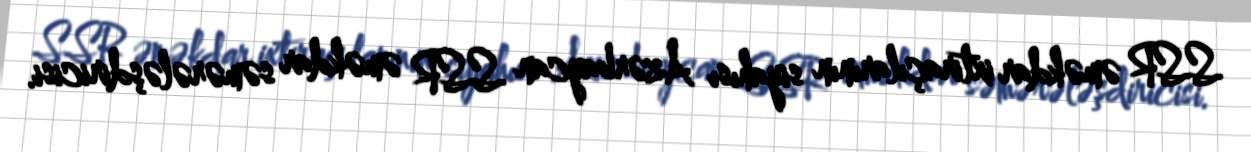
SSR əməkdar ixtiraçılarının siyahısı Azərbaycan SSR əməkdar səmərələşdiricisi.